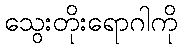
သွေးတိုးရောဂါကို